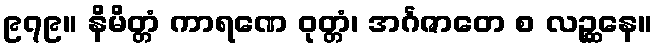
၉၇၉။ နိမိတ္တံ ကာရဏေ ဝုတ္တံ၊ အင်္ဂဇာတေ စ လဉ္ဆနေ။